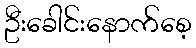
ဦးခေါင်းနောက်စေ့